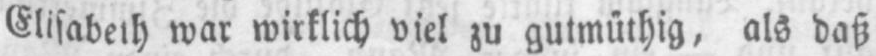
war wirklich viel zu gutmüthig, als daß